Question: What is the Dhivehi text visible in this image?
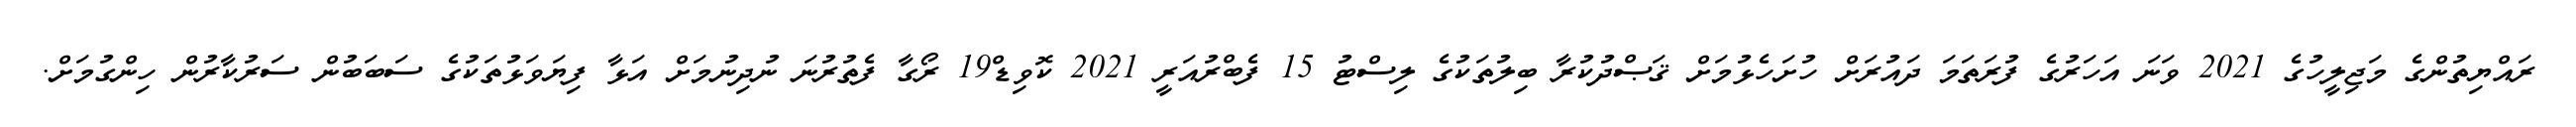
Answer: ރައްޔިތުންގެ މަޖިލީހުގެ 2021 ވަނަ އަހަރުގެ ފުރަތަމަ ދައުރަށް ހުށަހެޅުމަށް ޤަޞްދުކުރާ ބިލުތަކުގެ ލިސްޓު 15 ފެބްރުއަރީ 2021 ކޮވިޑް19 ރޯގާ ފެތުރުނަ ނުދިނުމަށް އަޅާ ފިޔަވަޅުތަކުގެ ސަބަބުން ސަރުކާރުން ހިންގުމަށް.